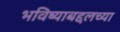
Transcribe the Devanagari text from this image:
भविष्याबद्दलच्या